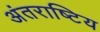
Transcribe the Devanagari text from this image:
अंतराष्टिय